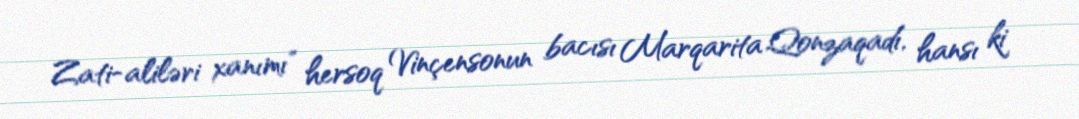
Zati-aliləri xanımı" hersoq Vinçensonun bacısı Marqarita Qonzaqadı, hansı ki